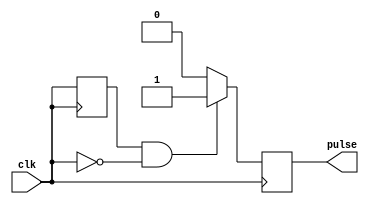
module falling_edge_pulse_generator(
    input wire clk,
    output reg pulse
);

reg last_clk;

always @ (posedge clk) begin
    if(last_clk && !clk) begin
        pulse <= 1; // generate pulse on falling edge
    end else begin
        pulse <= 0;
    end
    last_clk <= clk;
end

endmodule